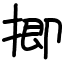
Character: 揤